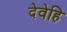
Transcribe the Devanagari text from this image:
देवेहि